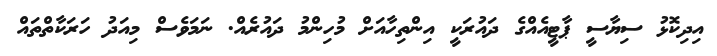
އިދިކޮޅު ސިޔާސީ ޕާޓީއެއްގެ ދައުރަކީ އިންތިހާއަށް މުހިންމު ދައުރެއް. ނަމަވެސް މިއަދު ހަރަކާތްތައް